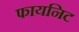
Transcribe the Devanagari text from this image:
फायनिट